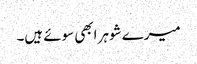
میرے شوہر ابھی سوئے ہیں۔